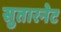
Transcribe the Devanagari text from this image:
सुतारनेट